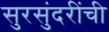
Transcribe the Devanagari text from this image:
सुरसुंदरींची